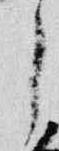
了